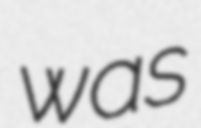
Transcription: was